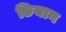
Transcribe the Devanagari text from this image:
छियान